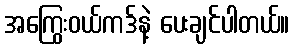
အကြွေးဝယ်ကဒ်နဲ့ ပေးချင်ပါတယ်။